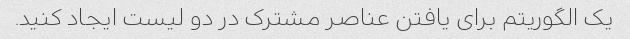
یک الگوریتم برای یافتن عناصر مشترک در دو لیست ایجاد کنید.